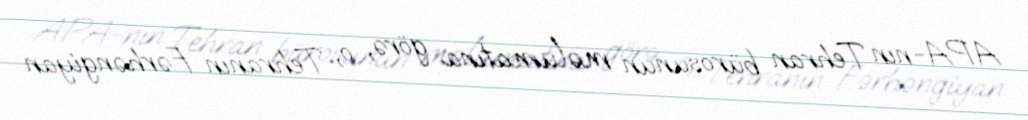
APA-nın Tehran bürosunun məlumatına görə, o, Tehranın Fərhəngiyan